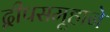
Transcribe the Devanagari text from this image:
द्वीपसमूहाने